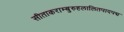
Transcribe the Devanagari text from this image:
सीताकराम्बुरुहलालितपादपद्म